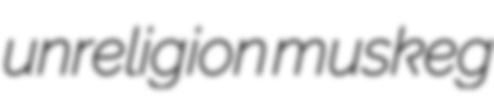
unreligion muskeg